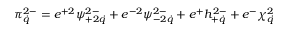
\pi _ { \dot { q } } ^ { 2 - } = e ^ { + 2 } \psi _ { + 2 \dot { q } } ^ { 2 - } + e ^ { - 2 } \psi _ { - 2 \dot { q } } ^ { 2 - } + e ^ { + } h _ { + \dot { q } } ^ { 2 - } + e ^ { - } \chi _ { \dot { q } } ^ { 2 }